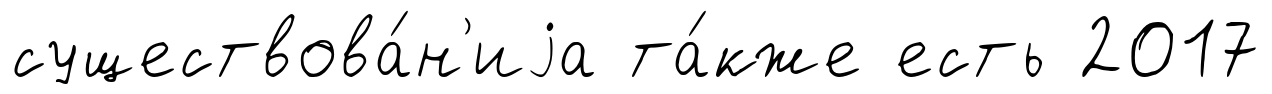
существова́н'иjа та́кже есть 2017